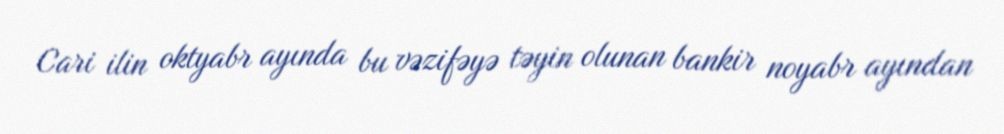
Cari ilin oktyabr ayında bu vəzifəyə təyin olunan bankir noyabr ayından